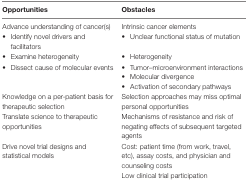
<table><thead><tr><td><b>Opportunities</b></td><td><b>Obstacles</b></td></tr></thead><tbody><tr><td>Advance understanding of cancer(s)</td><td>Intrinsic cancer elements</td></tr><tr><td>• Identify novel drivers and facilitators</td><td>• Unclear functional status of mutation</td></tr><tr><td>• Examine heterogeneity</td><td>• Heterogeneity</td></tr><tr><td>• Dissect cause of molecular events</td><td>• Tumor–microenvironment interactions</td></tr><tr><td></td><td>• Molecular divergence</td></tr><tr><td></td><td>• Activation of secondary pathways</td></tr><tr><td>Knowledge on a per-patient basis for therapeutic selection</td><td>Selection approaches may miss optimal personal opportunities</td></tr><tr><td>Translate science to therapeutic opportunities</td><td>Mechanisms of resistance and risk of negating effects of subsequent targeted agents</td></tr><tr><td>Drive novel trial designs and statistical models</td><td>Cost: patient time (from work, travel, etc), assay costs, and physician and counseling costs</td></tr><tr><td></td><td>Low clinical trial participation</td></tr></tbody></table>